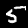
Label: 5